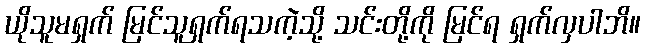
ယိုသူမရှက် မြင်သူရှက်ရသကဲ့သို့ သင်းတို့ကို မြင်ရ ရှက်လှပါဘိ။